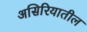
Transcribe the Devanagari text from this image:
असिरियातील